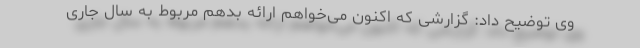
وی توضیح داد: گزارشی که اکنون می‌خواهم ارائه بدهم مربوط به سال جاری